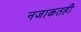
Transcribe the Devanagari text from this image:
नजाकतही